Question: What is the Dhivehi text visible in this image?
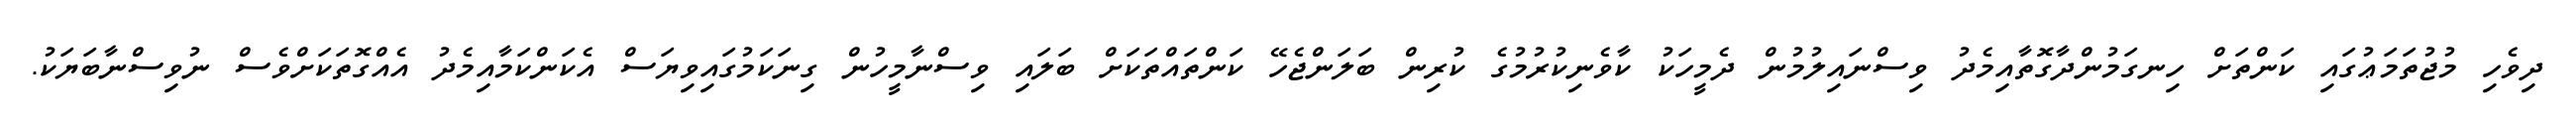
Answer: ދިވެހި މުޖުތަމަޢުގައި ކަންތަށް ހިނގަމުންދާގޮތާއިމެދު ވިސްނައިލުމުން ދެމީހަކު ކާވެނިކުރުމުގެ ކުރިން ބަލަންޖެހޭ ކަންތައްތަކަށް ބަލައި ވިސްނާމީހުން ގިނަކަމުގައިވިޔަސް އެކަންކަމާއިމެދު އެއްގޮތަކަށްވެސް ނުވިސްނާބަޔަކު.